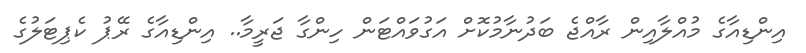
އިންޑިއާގެ މުއްލާއިން ރާއްޖެ ބަދުނާމުކޮށް އަގުވައްޓަން ހިންގާ ޖަރީމާ.. އިންޑިއާގެ ރޭޕު ކެޕިޓަލުގެ